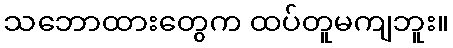
သဘောထားတွေက ထပ်တူမကျဘူး။